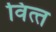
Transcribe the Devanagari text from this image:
वित्‍त